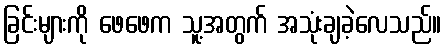
ခြင်းများကို ဖေဖေက သူ့အတွက် အသုံးချခဲ့လေသည်။